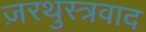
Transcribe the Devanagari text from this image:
ज़रथुस्त्रवाद